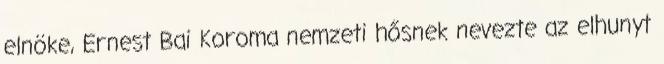
elnöke, Ernest Bai Koroma nemzeti hősnek nevezte az elhunyt